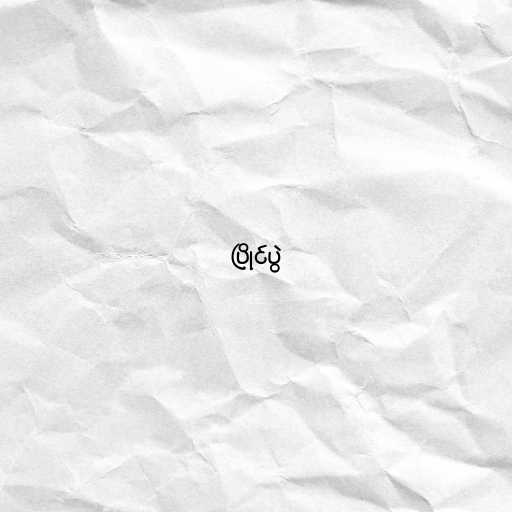
ပြိုင်ပွဲ